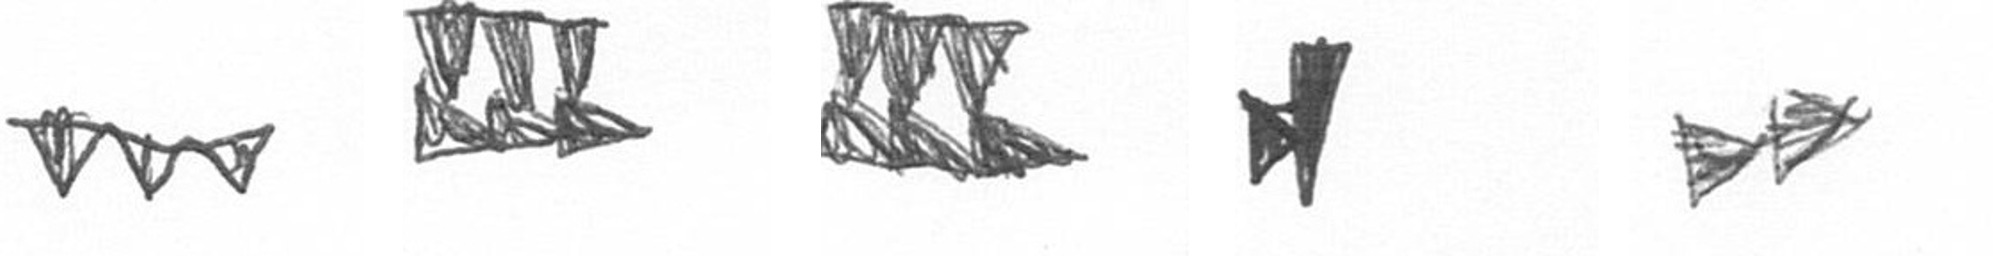
L D D M A